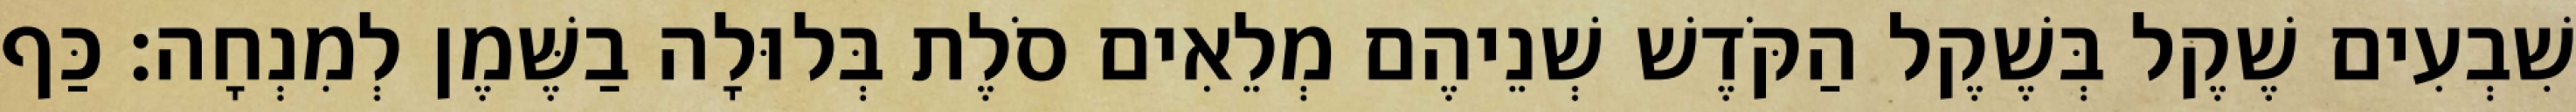
שִׁבְעִים שֶׁקֶל בְּשֶׁקֶל הַקֹּדֶשׁ שְׁנֵיהֶם מְלֵאִים סֹלֶת בְּלוּלָה בַשֶּׁמֶן לְמִנְחָה׃ כַּף